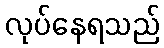
လုပ်နေရသည်